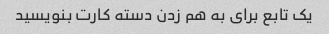
یک تابع برای به هم زدن دسته کارت بنویسید